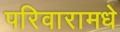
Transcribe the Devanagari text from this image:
परिवारामधे